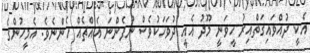
އެކީ ދުއްވައިގަތްއިރު ހީވަނީ މޫދު އެއީ ދުވަހަކުވެސް ނުފެންނަ އެއްޗެއް ހެންނެވެ. އެމީހުންގެ